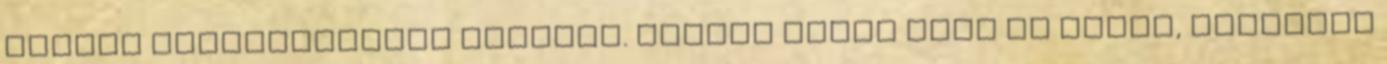
athéni gyarmatosítók számára. Kettős célja volt az ilyen, Athénban